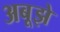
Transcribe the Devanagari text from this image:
अबूझे